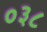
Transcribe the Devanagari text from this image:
०३८